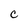
Character: C